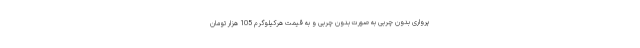
پرواری بدون چربی به صورت بدون چربی و به قیمت هرکیلوگرم 105 هزار تومان